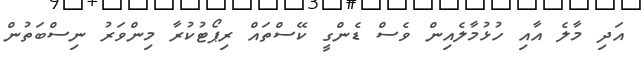
އަދި މާލެ އާއި ހުޅުމާލެއިން ވެސް ޑެންގީ ކޭސްތައް ރިޕޯޓުކުރާ މިންވަރު ނިސްބަތުން